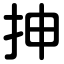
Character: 抻